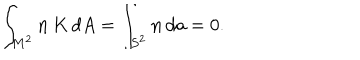
LaTeX: \int _ { M ^ { 2 } } { \bf n } \, K \, d A = \int _ { S ^ { 2 } } { \bf n } \, d a = 0 .